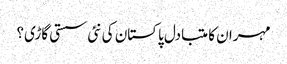
مہران کا متبادل پاکستان کی نئی سستی گاڑی؟